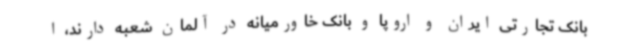
بانک تجارتی ایران و اروپا و بانک خاورمیانه در آلمان شعبه دارند، ا